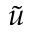
\tilde { u }